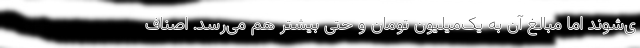
ی‌شوند اما مبالغ آن به یک‌میلیون تومان و حتی بیشتر هم می‌رسد. اصناف